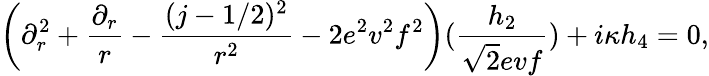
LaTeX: \left(\partial_{r}^{2}+{\frac{\partial_{r}}{r}}-{\frac{(j-1/2)^{2}}{r^{2}}}-2e^{2}v^{2}f^{2}\right)({\frac{h_{2}}{\sqrt{2}evf}})+i\kappa h_{4}=0,